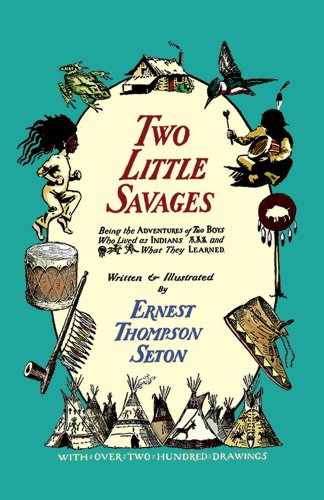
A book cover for Two Little Savages (Dover Children's Classics); Ernest Seton-Thompson; Literature & Fiction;